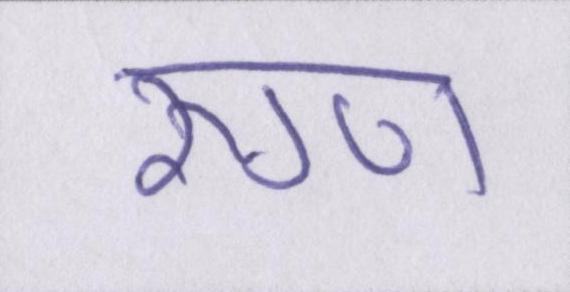
रुग्ण